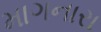
માગનારા